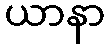
ယာနာ